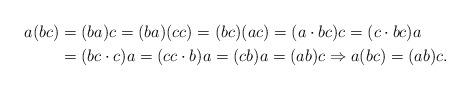
LaTeX: \begin{align*}a(bc) & =(ba)c=(ba)(cc)=(bc)(ac)=(a\cdot bc)c=(c\cdot bc)a\\ & =(bc\cdot c)a=(cc\cdot b)a=(cb)a=(ab)c\Rightarrow a(bc)=(ab)c.\end{align*}